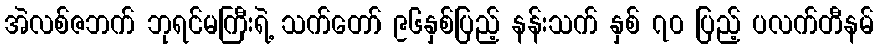
အဲလစ်ဇဘက် ဘုရင်မကြီးရဲ့ သက်တော် ၉၆နှစ်ပြည့် နန်းသက် နှစ် ၇၀ ပြည့် ပလက်တီနမ်